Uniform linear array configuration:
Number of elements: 12
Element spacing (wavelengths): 0.5
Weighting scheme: blackman
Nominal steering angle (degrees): -15
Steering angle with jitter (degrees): -16.495
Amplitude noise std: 0.05
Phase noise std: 0.05

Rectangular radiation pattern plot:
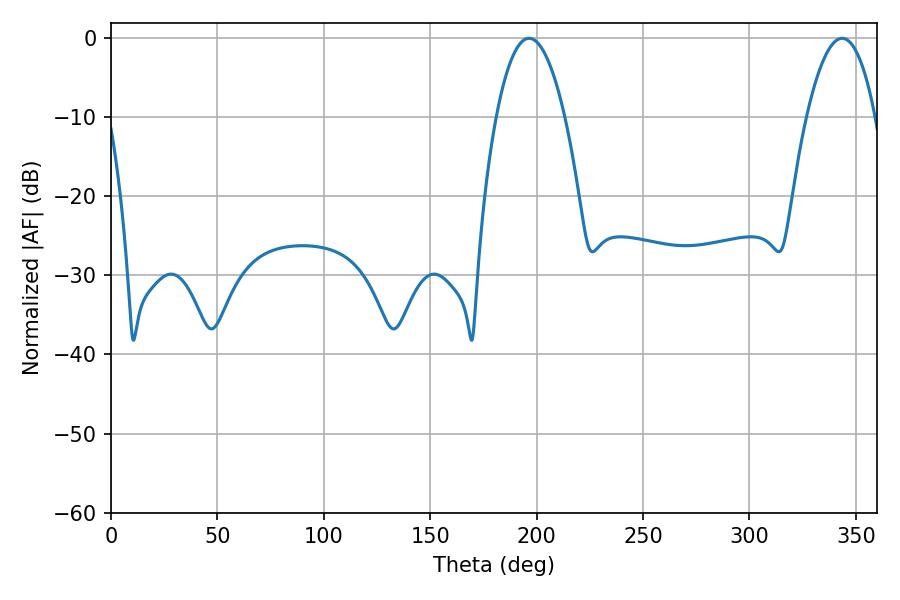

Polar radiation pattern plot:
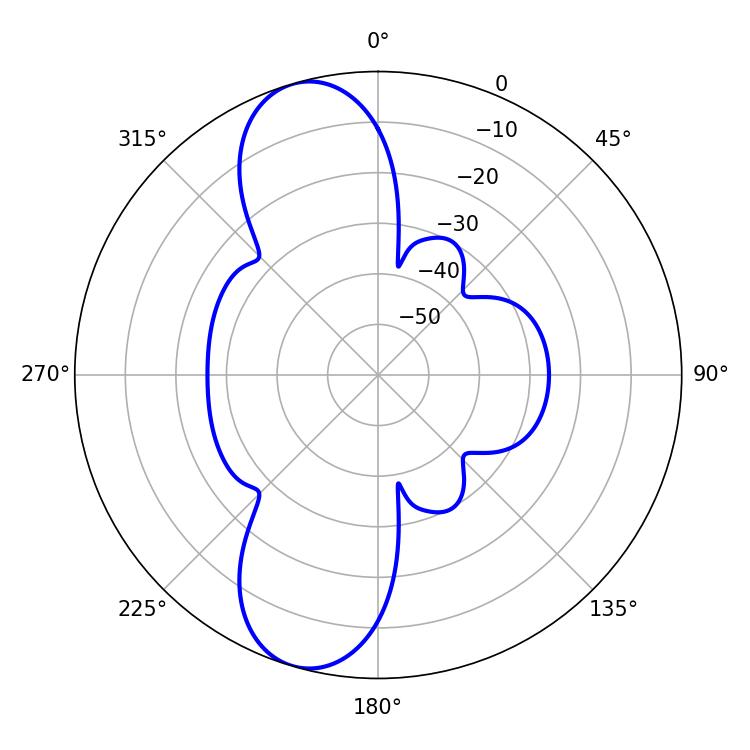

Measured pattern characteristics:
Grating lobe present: FALSE
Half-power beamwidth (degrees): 17.82
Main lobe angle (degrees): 196.38